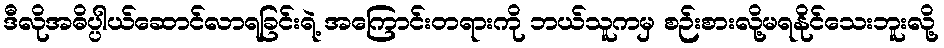
ဒီလိုအဓိပ္ပါယ်ဆောင်လာရခြင်းရဲ့ အကြောင်းတရားကို ဘယ်သူကမှ စဉ်းစားလို့မရနိုင်သေးဘူးလို့